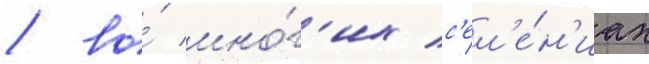
/ во́ мно́г'их с'ел'е́н'иах